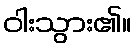
ဝါးသွား၏။